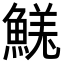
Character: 𩹦